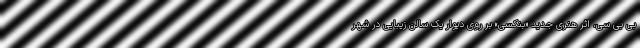
بی بی سی، اثر هنری جدید «بنکسی» بر روی دیوار یک سالن زیبایی در شهر